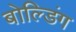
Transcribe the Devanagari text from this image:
बोल्डिंग